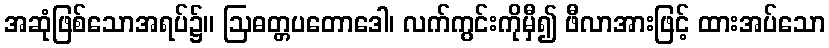
အဆုံဖြစ်သောအရပ်၌။ ဩဓတ္တပတောဒေါ၊ လက်ကွင်းကိုမှီ၍ ဖီလာအားဖြင့် ထားအပ်သော